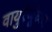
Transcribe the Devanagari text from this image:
वायुरेणूंच्या